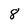
Character: 8